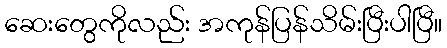
ဆေးတွေကိုလည်း အကုန်ပြန်သိမ်းပြီးပါပြီ။